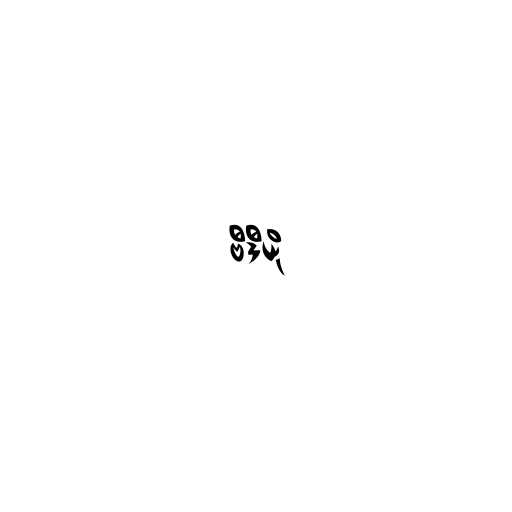
ဗီဒီယို